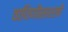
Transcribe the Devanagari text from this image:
वाघिणीसारखी